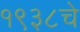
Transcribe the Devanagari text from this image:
१९३८चे